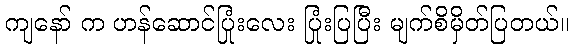
ကျနော် က ဟန်ဆောင်ပြုံးလေး ပြုံးပြပြီး မျက်စိမှိတ်ပြတယ်။